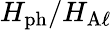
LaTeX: H_{\mathrm{ph}}/H_{\mathrm{A\ell}}